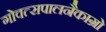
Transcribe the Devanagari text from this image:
गोवत्सपालनैकाग्रो